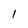
Character: 1